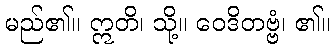
မည်၏။ ဣတိ၊ သို့။ ဝေဒိတဗ္ဗံ၊ ၏။